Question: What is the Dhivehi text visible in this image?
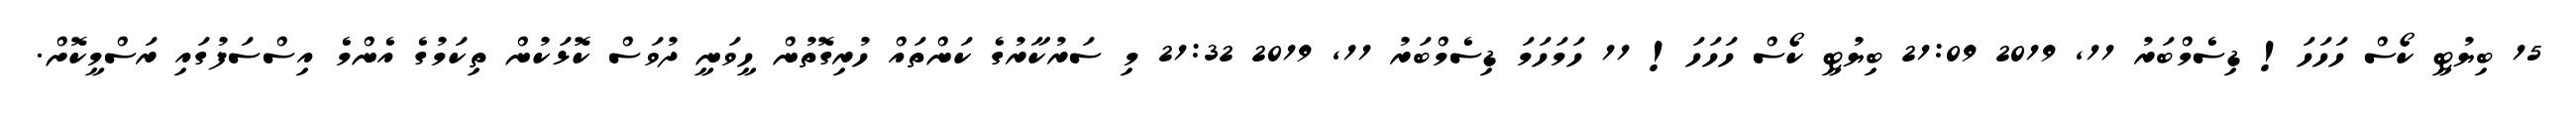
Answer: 15 ބިޔުޓީ ކޯސް ހަހަހަ! ޑިސެމްބަރު 11, 2019 21:09 ބިޔުޓީ ކޯސް ހަހަހަ! 11 ހަމަހަމަ ޑިސެމްބަރު 11, 2019 21:32 މި ސަރުކާރުގެ ކަންތައް ހުރިގޮތުން ހީވަނީ ދުވަސް ކޮޅަކުން ތިކަމުގެ އެންމެ އިސްސަފުގައި ރަސްމީކޮށް.